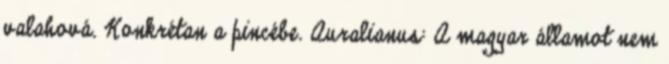
valahová. Konkrétan a pincébe. Auralianus: A magyar államot nem